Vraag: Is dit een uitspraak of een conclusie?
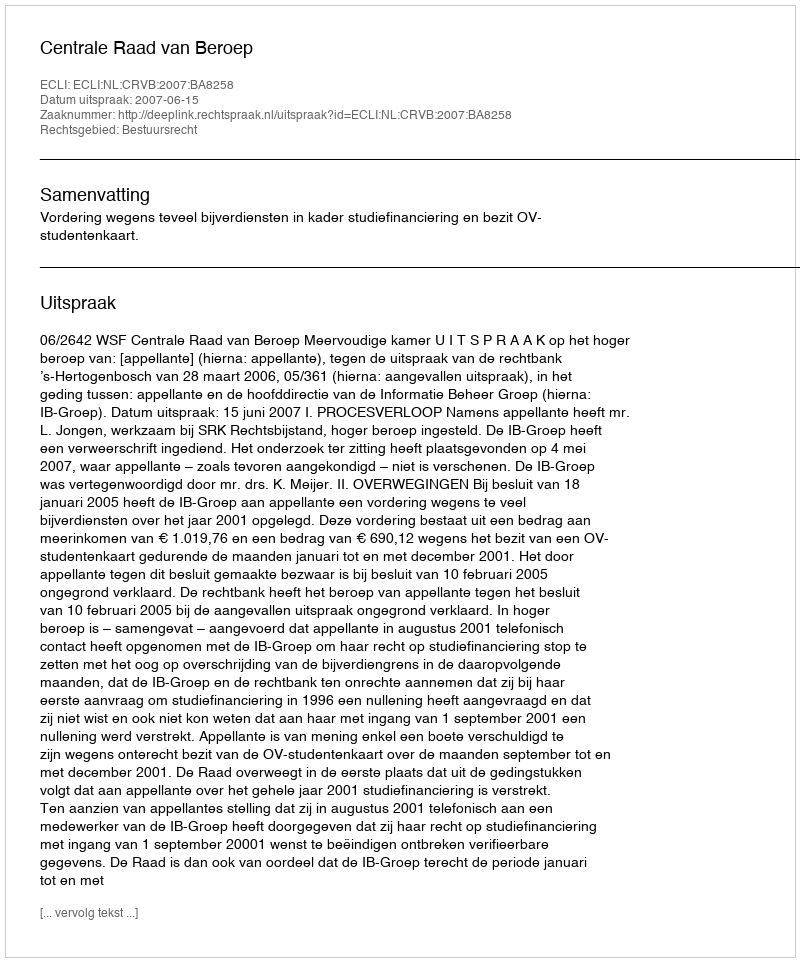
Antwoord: Uitspraak